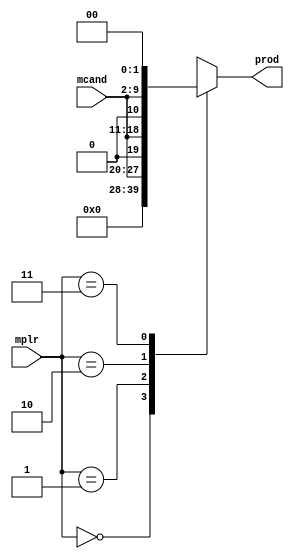
`timescale 1ns / 1ps
//////////////////////////////////////////////////////////////////////////////////
// Company: 
// Engineer: 
// 
// Design Name: 
// Module Name: cpp_mult
// Project Name: 
// Target Devices: 
// Tool Versions: 
// Description: 
// 
// Dependencies: 
// 
// Revision:
// Revision 0.01 - File Created
// Additional Comments:
// 
//////////////////////////////////////////////////////////////////////////////////


module cpp_mult(
input[7:0] mcand,
input[1:0] mplr,
output reg [9:0] prod

);
wire [9:0] temp [3:0];
assign temp[0][9:0] = 10'b00;

//for temp 1 
assign temp[1][9:8] = 2'b0;
assign temp[1][7:0] = mcand[7:0];


//for temp 2
assign temp[2][9] = 1'b0;
assign temp[2][8:1] = mcand[7:0];
assign temp[2][0] = 1'b0;

//for temp 3

assign temp[3][9:2] = mcand[7:0];
assign temp[3][1:0] = 2'b00;

always @(mplr)
begin
 case(mplr)
   0: prod = temp[0];
   1: prod = temp[1];
   2: prod = temp[2];
   3: prod = temp[3]; 
  endcase
end
endmodule